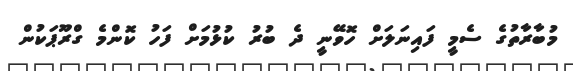
މުބާރާތުގެ ސެމީ ފައިނަލަށް ހޮވޭނީ ދެ ބުރު ކުޅުމަށް ފަހު ކޮންމެ ގްރޫޕަކުން